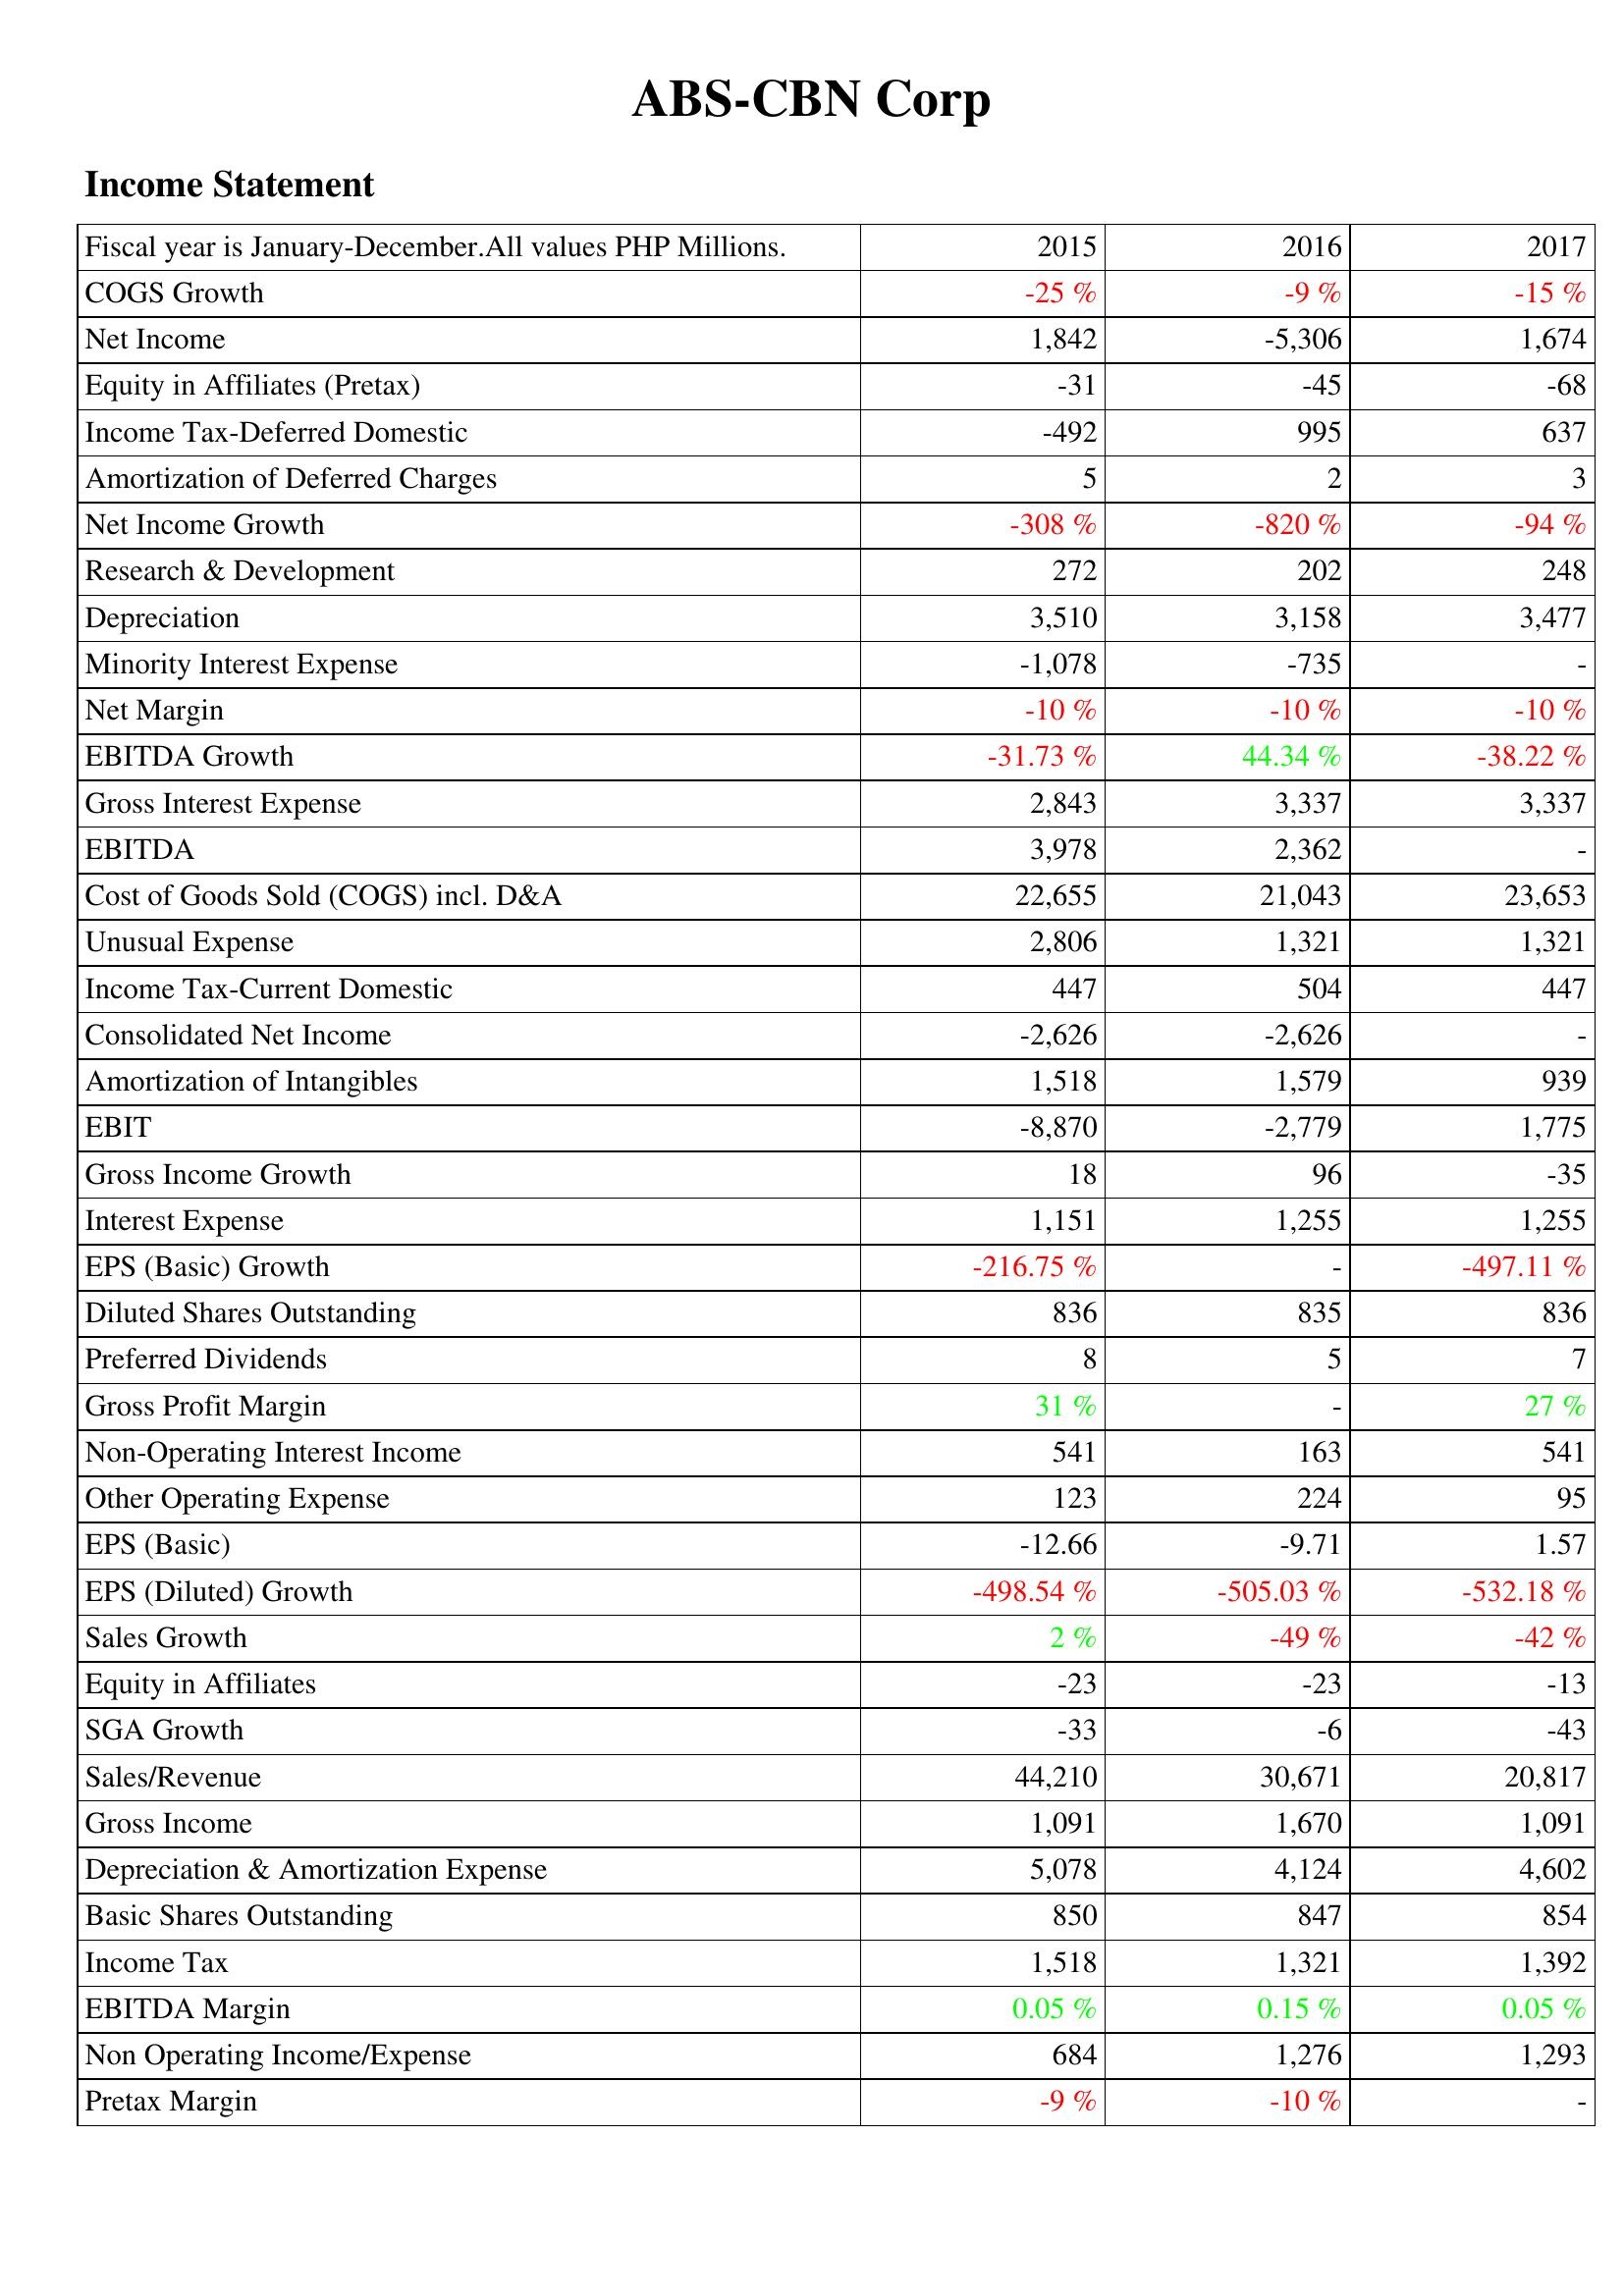
2015: Income Statement: COGS Growth: -25 %
Net Income: 1,842
Equity in Affiliates (Pretax): -31
Income Tax-Deferred Domestic: -492
Amortization of Deferred Charges: 5
Net Income Growth: -308 %
Research & Development: 272
Depreciation: 3,510
Minority Interest Expense: -1,078
Net Margin: -10 %
EBITDA Growth: -31.73 %
Gross Interest Expense: 2,843
EBITDA: 3,978
Cost of Goods Sold (COGS) incl. D&A: 22,655
Unusual Expense: 2,806
Income Tax-Current Domestic: 447
Consolidated Net Income: -2,626
Amortization of Intangibles: 1,518
EBIT: -8,870
Gross Income Growth: 18
Interest Expense: 1,151
EPS (Basic) Growth: -216.75 %
Diluted Shares Outstanding: 836
Preferred Dividends: 8
Gross Profit Margin: 31 %
Non-Operating Interest Income: 541
Other Operating Expense: 123
EPS (Basic): -12.66
EPS (Diluted) Growth: -498.54 %
Sales Growth: 2 %
Equity in Affiliates: -23
SGA Growth: -33
Sales/Revenue: 44,210
Gross Income: 1,091
Depreciation & Amortization Expense: 5,078
Basic Shares Outstanding: 850
Income Tax: 1,518
EBITDA Margin: 0.05 %
Non Operating Income/Expense: 684
Pretax Margin: -9 %
2016: Income Statement: COGS Growth: -9 %
Net Income: -5,306
Equity in Affiliates (Pretax): -45
Income Tax-Deferred Domestic: 995
Amortization of Deferred Charges: 2
Net Income Growth: -820 %
Research & Development: 202
Depreciation: 3,158
Minority Interest Expense: -735
Net Margin: -10 %
EBITDA Growth: 44.34 %
Gross Interest Expense: 3,337
EBITDA: 2,362
Cost of Goods Sold (COGS) incl. D&A: 21,043
Unusual Expense: 1,321
Income Tax-Current Domestic: 504
Consolidated Net Income: -2,626
Amortization of Intangibles: 1,579
EBIT: -2,779
Gross Income Growth: 96
Interest Expense: 1,255
EPS (Basic) Growth: -
Diluted Shares Outstanding: 835
Preferred Dividends: 5
Gross Profit Margin: -
Non-Operating Interest Income: 163
Other Operating Expense: 224
EPS (Basic): -9.71
EPS (Diluted) Growth: -505.03 %
Sales Growth: -49 %
Equity in Affiliates: -23
SGA Growth: -6
Sales/Revenue: 30,671
Gross Income: 1,670
Depreciation & Amortization Expense: 4,124
Basic Shares Outstanding: 847
Income Tax: 1,321
EBITDA Margin: 0.15 %
Non Operating Income/Expense: 1,276
Pretax Margin: -10 %
2017: Income Statement: COGS Growth: -15 %
Net Income: 1,674
Equity in Affiliates (Pretax): -68
Income Tax-Deferred Domestic: 637
Amortization of Deferred Charges: 3
Net Income Growth: -94 %
Research & Development: 248
Depreciation: 3,477
Minority Interest Expense: -
Net Margin: -10 %
EBITDA Growth: -38.22 %
Gross Interest Expense: 3,337
EBITDA: -
Cost of Goods Sold (COGS) incl. D&A: 23,653
Unusual Expense: 1,321
Income Tax-Current Domestic: 447
Consolidated Net Income: -
Amortization of Intangibles: 939
EBIT: 1,775
Gross Income Growth: -35
Interest Expense: 1,255
EPS (Basic) Growth: -497.11 %
Diluted Shares Outstanding: 836
Preferred Dividends: 7
Gross Profit Margin: 27 %
Non-Operating Interest Income: 541
Other Operating Expense: 95
EPS (Basic): 1.57
EPS (Diluted) Growth: -532.18 %
Sales Growth: -42 %
Equity in Affiliates: -13
SGA Growth: -43
Sales/Revenue: 20,817
Gross Income: 1,091
Depreciation & Amortization Expense: 4,602
Basic Shares Outstanding: 854
Income Tax: 1,392
EBITDA Margin: 0.05 %
Non Operating Income/Expense: 1,293
Pretax Margin: -